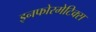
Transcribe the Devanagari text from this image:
इनफोरमेटिक्स